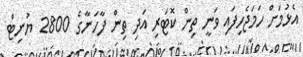
އެޅުމަށް ހަމަޖެހިފައި ވަނީ ތިން ކޮޓަރި އަދި ތިން ފާހަނާގެ 2800 ޔުނިޓް